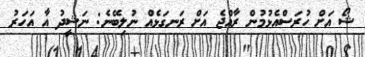
ޝޯ އަށް ހުރަސްއެޅުމުން ރާއްޖެ އަށް ރަނގަޅެއް ނުލިބޭނެ: ނަޝީދު އާ އަހަރު